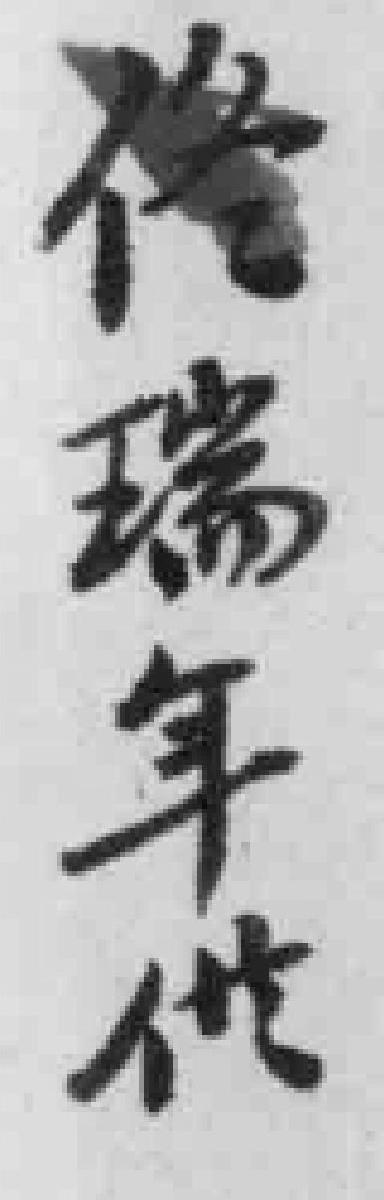
佟瑞年代